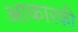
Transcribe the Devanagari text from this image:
आकारकी